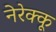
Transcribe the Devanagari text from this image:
नेरेक्कू